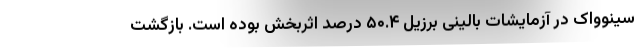
سینوواک در آزمایشات بالینی برزیل ۵۰.۴ درصد اثربخش بوده است. بازگشت